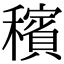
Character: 穦